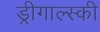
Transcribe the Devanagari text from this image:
ड्रीगाल्स्की